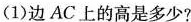
(1)边AC上的高是多少?